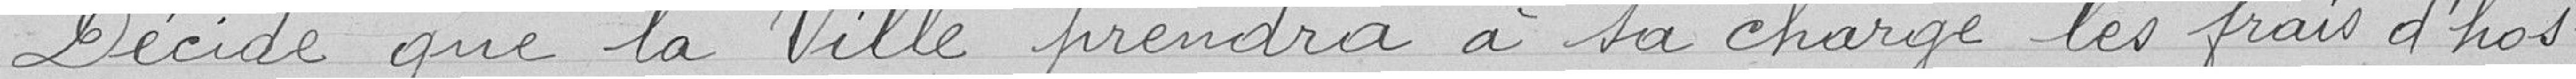
Décide que la Vile prendra à sa charge les frais d'hos